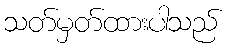
သတ်မှတ်ထားပါသည်